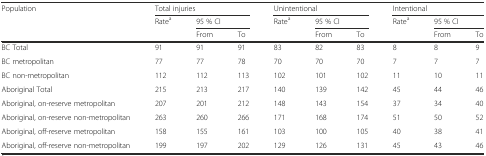
| <ROWSPAN=3> Population | <COLSPAN=3> Total injuries | <COLSPAN=3> Unintentional | <COLSPAN=3> Intentional |
 | <ROWSPAN=2> Ratea | <COLSPAN=2> 95 % CI | <ROWSPAN=2> Ratea | <COLSPAN=2> 95 % CI | <ROWSPAN=2> Ratea | <COLSPAN=2> 95 % CI |
 | From | To | From | To | From | To |
 | --- | --- | --- | --- | --- | --- | --- | --- | --- | --- |
 | BC Total | 91 | 91 | 91 | 83 | 82 | 83 | 8 | 8 | 9 |
 | BC metropolitan | 77 | 77 | 78 | 70 | 70 | 70 | 7 | 7 | 7 |
 | BC non-metropolitan | 112 | 112 | 113 | 102 | 101 | 102 | 11 | 10 | 11 |
 | Aboriginal Total | 215 | 213 | 217 | 140 | 139 | 142 | 45 | 44 | 46 |
 | Aboriginal, on-reserve metropolitan | 207 | 201 | 212 | 148 | 143 | 154 | 37 | 34 | 40 |
 | Aboriginal, on-reserve non-metropolitan | 263 | 260 | 266 | 171 | 168 | 174 | 51 | 50 | 52 |
 | Aboriginal, off-reserve metropolitan | 158 | 155 | 161 | 103 | 100 | 105 | 40 | 38 | 41 |
 | Aboriginal, off-reserve non-metropolitan | 199 | 197 | 202 | 129 | 126 | 131 | 45 | 43 | 46 |